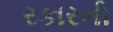
રકારની